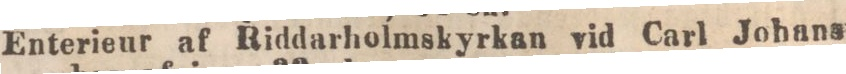
Enterieur af Riddarholmskyrkan vid Carl Johans